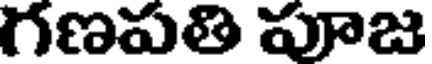
గణపతి పూజ